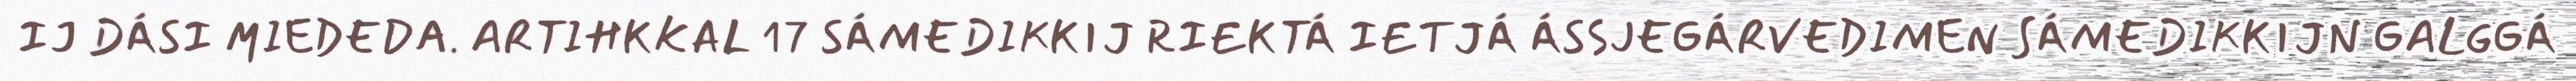
IJ DÁSI MIEDEDA. ARTIHKKAL 17 SÁMEDIKKIJ RIEKTÁ IETJÁ ÁSSJEGÁRVEDIMEN SÁMEDIKKIJN GALGGÁ